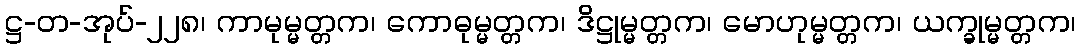
ဋ္ဌ-တ-အုပ်-၂၂၈၊ ကာမုမ္မတ္တက၊ ကောဓုမ္မတ္တက၊ ဒိဋ္ဌုမ္မတ္တက၊ မောဟုမ္မတ္တက၊ ယက္ခုမ္မတ္တက၊